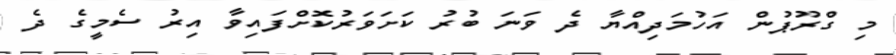
މި ގްރޫޕުން އަހުމަދިއްޔާ ދެ ވަނަ ބުރު ކަށަވަރުކޮށްފައިވާ އިރު ސެމީގެ ދެ